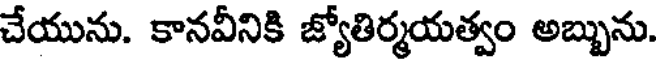
చేయును. కానవీనికి జ్యోతిర్మయత్వం అబ్బును.